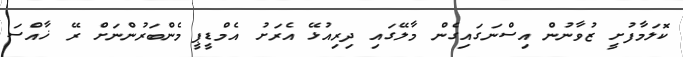
ކޮލަމާފުށީ ޒުވާނުން އިސްނަގައިގެން މާލޭގައި ދިރިއުޅޭ އެރަށު އެމްޑީޕީ މެންބަރުންނަށް ރޭ ޚާއްސަ